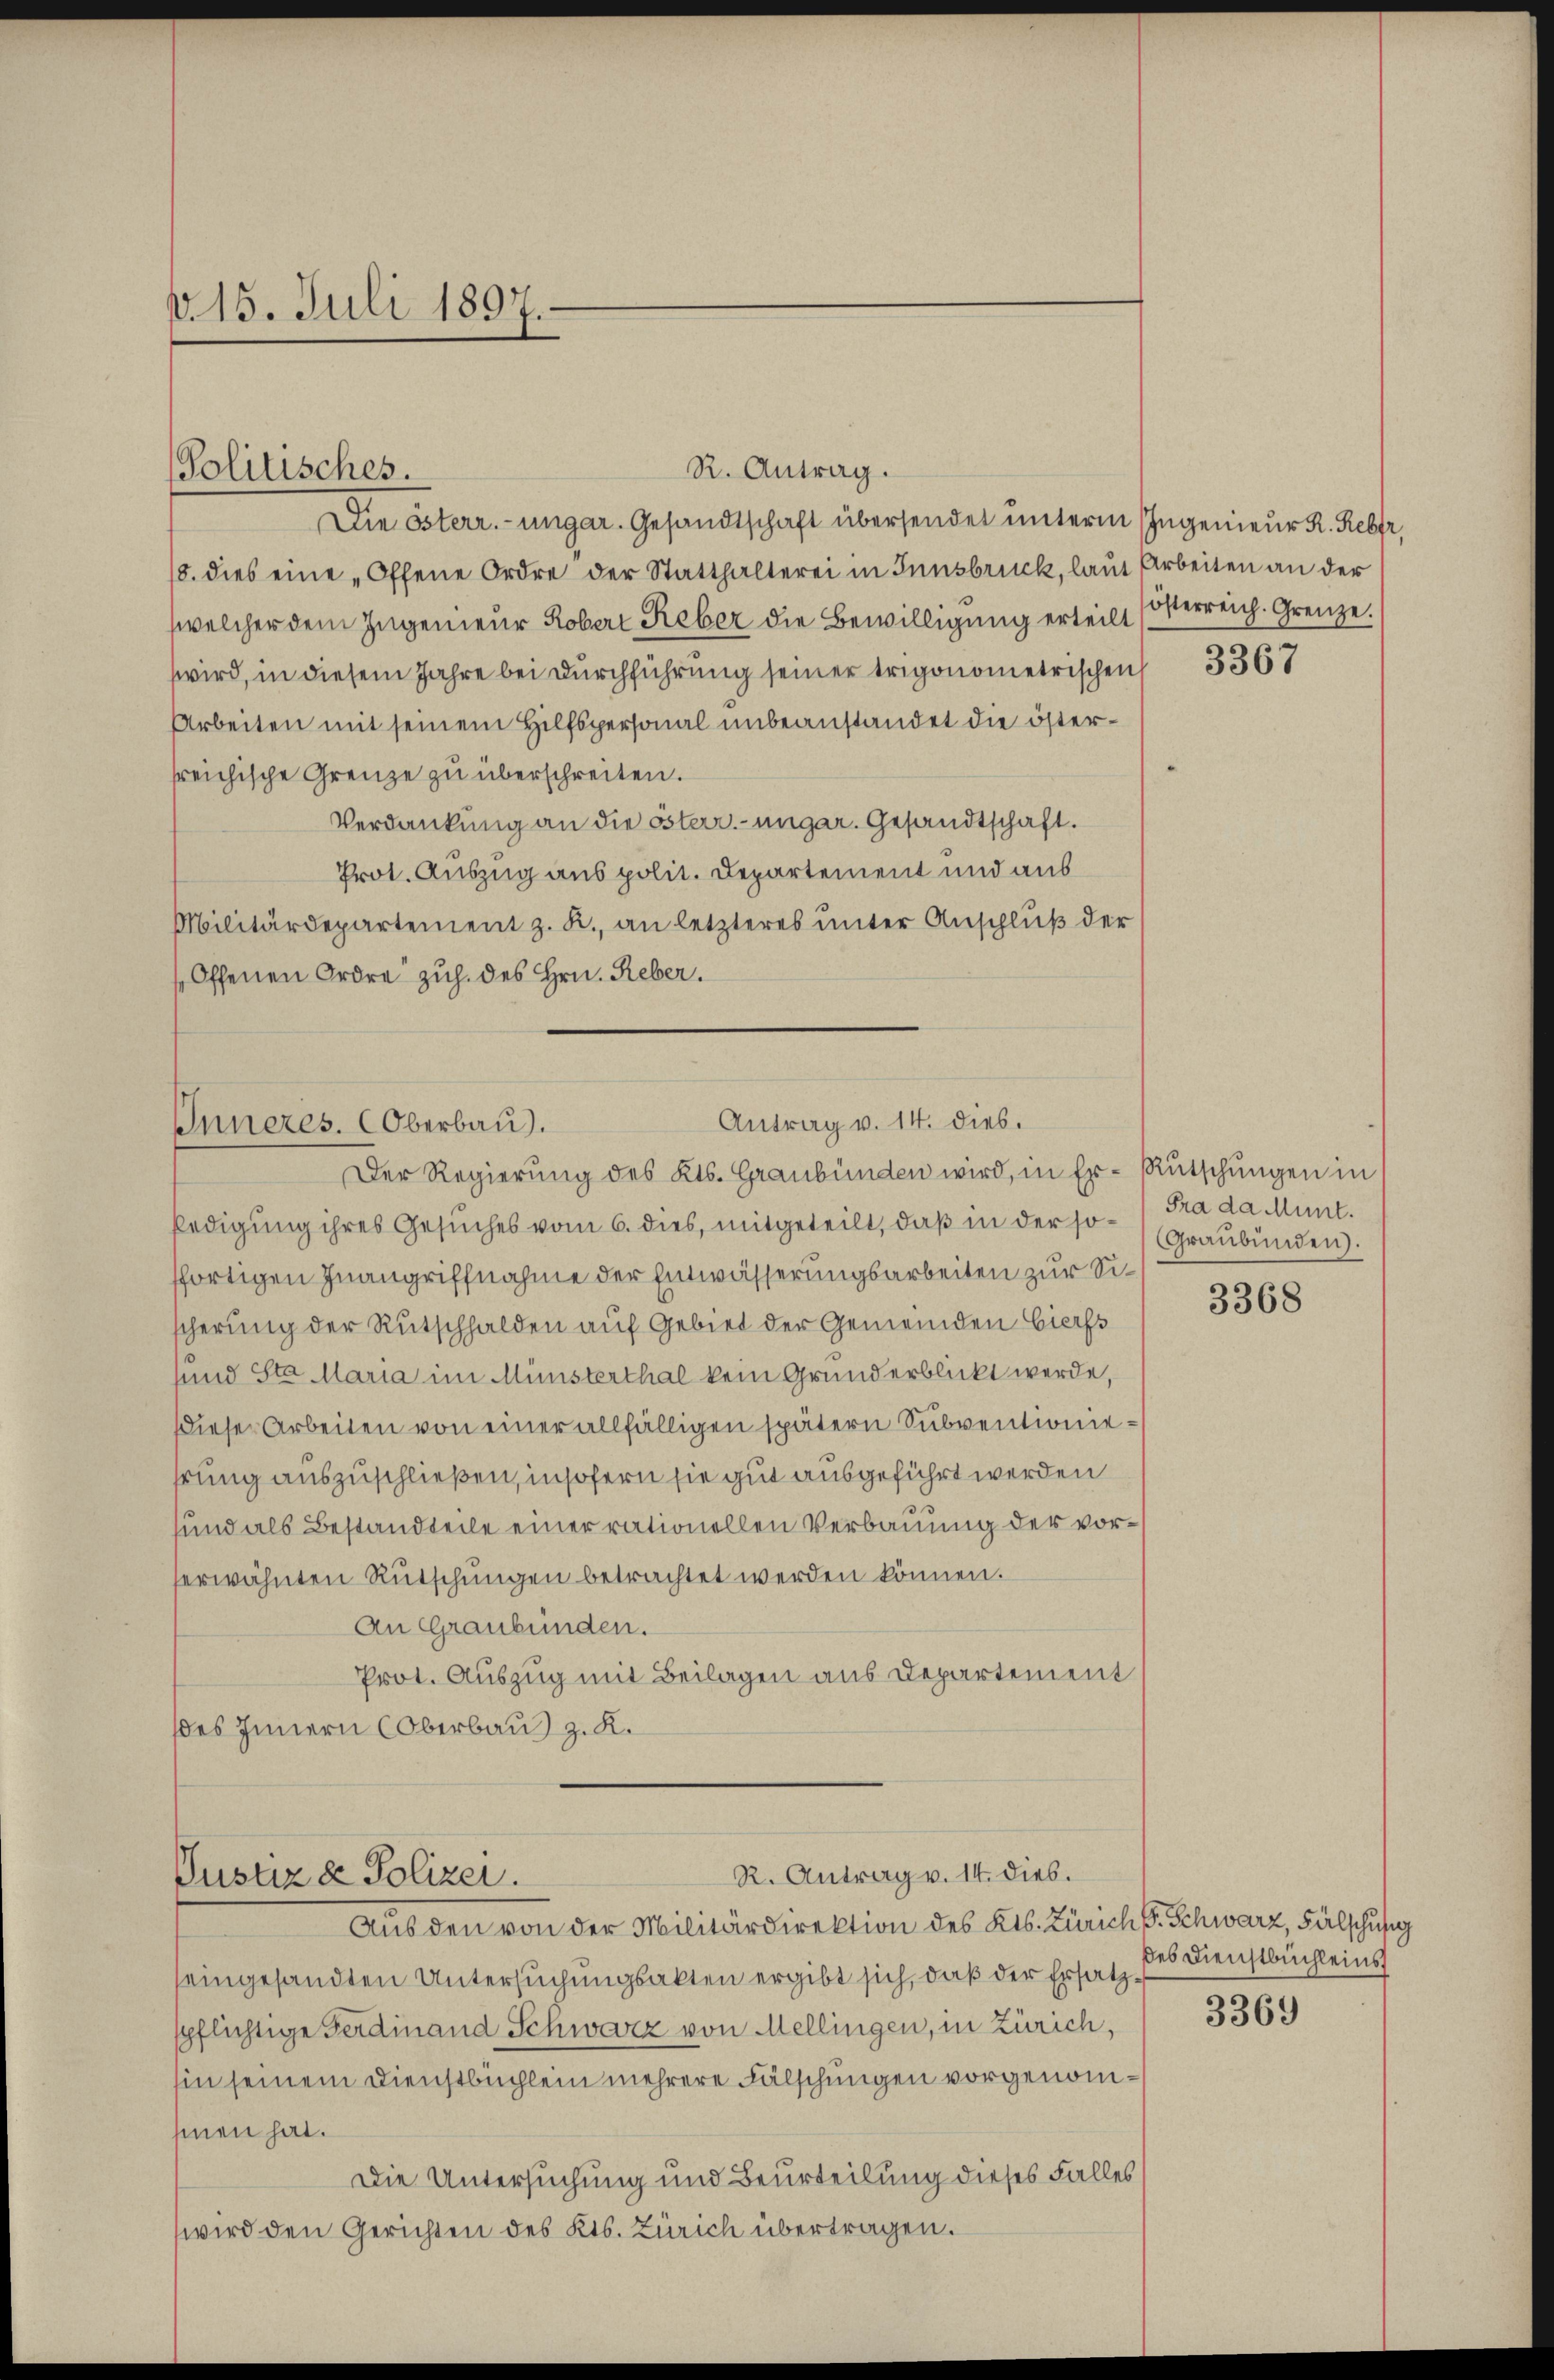
v.15. Juli 1897.

Politisches.

18. dies eine „Offene Ordre der Statthalterei in Innsbruck, laut Arbeiten an der
welcher dem Ingenieur Kobert Reber die Bewilligung erteilt sosterreich. Grenze.
wird, in diesem Jahre bei Durchführung seiner trigonometrischen
Arbeiten mit seinem Hilfspersonal unbeanstandet die östersreichische Grenze zu überschreiten.
Verdankung an die österr.-ungar. Gesandtschaft.
Prot. Auszug aus polit. Departement und aus
Militärdepartement z. K. an letzteres ŭnter Anschlŭβ der
Offenen Ordre zuh. des Hrn. Reber.

R. Antrag.
Die österr.-ungar. Gesandtschaft übersendet unterm Ingenieur R. Reber,

Antrag v. 14. dies.
Inneres. Oberbau).

R. Antrag v. 14. Dieb.
Pustiz & Polizei.

Der Regierung des Kts. Graubünden wird, in Er-Rutschungen in
ledigung ihres Gesuches vom 6. dies, mitgeteilt, daß in der so fra da Munt.
ffortigen Inangriffnahme der Entwässerungsarbeiten zur Sischerung der Rutschhalden auf Gebiet der Gemeinden Eierss
sund Sta Maria im Münsterthal kein Grund erblickt werde,
Dieser Arbeiten von einer allfälligen spätern Subventioniehrung auszuschließen, insofern sie gut ausgeführt werden
sund als Bestandteile einer rationellen Verbauung der vorserwähnten Rutschungen betrachtet werden können.
An Graubünden.
Prot. Auszug mit Beilagen aus Departement
des Innern Oberbau) z. K.

Aus den von der Militärdirektion des Kts. Zürich S. Schwarz, Fälschusig
seingesandten Untersuchungsakten ergibt sich, daß der Ersatzspflichtige Ferdinand Schwarz von Mellingen, in Zürich,
hin seinem Dienstbuchlein mehrere Fälschungen vorgenommen hat.
Die Untersuchung und Beurteilung dieses Falles
wird den Gerichten des Kts. Zürich übertragen.

3367

Graubünden.

3368

des Dienstbuchleins

3369